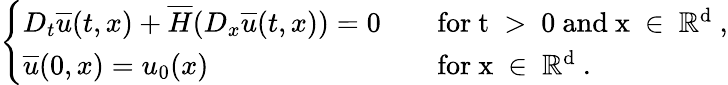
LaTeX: \left\{ \begin{array}{ll}{D_{t}\overline{{u}}(t,x)+\overline{{H}}(D_{x}\overline{{u}}(t,x))=0}&{\quad\mathrm{for~t~>~0~and~x~\in~\mathbb{R}^d~,}}\\ {\overline{{u}}(0,x)=u_{0}(x)}&{\quad\mathrm{for~x~\in~\mathbb{R}^d~.}}\end{array}\right.